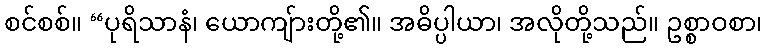
စင်စစ်။ “ပုရိသာနံ၊ ယောကျ်ားတို့၏။ အဓိပ္ပါယာ၊ အလိုတို့သည်။ ဥစ္စာဝစာ၊